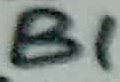
Text: B1